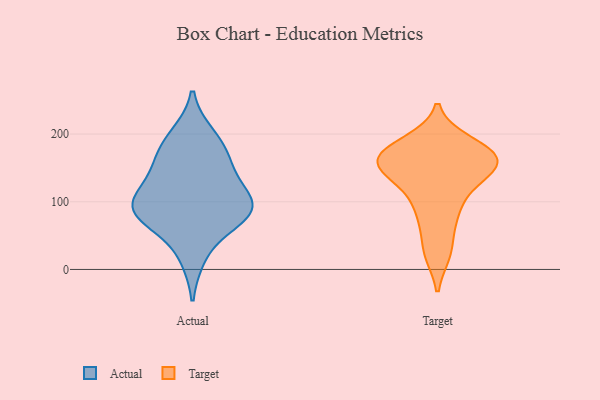
{"axis": {"x": "Gross Profit (USD K)", "y": "Value"}, "legend": ["Actual", "Target"], "data": [{"x": "", "y": 153, "type": "Actual"}, {"x": "", "y": 197, "type": "Actual"}, {"x": "", "y": 86, "type": "Actual"}, {"x": "", "y": 20, "type": "Actual"}, {"x": "", "y": 120, "type": "Actual"}, {"x": "", "y": 89, "type": "Actual"}, {"x": "", "y": 157, "type": "Actual"}, {"x": "", "y": 184, "type": "Actual"}, {"x": "", "y": 78, "type": "Actual"}, {"x": "", "y": 109, "type": "Actual"}, {"x": "", "y": 83, "type": "Actual"}, {"x": "", "y": 84, "type": "Actual"}, {"x": "", "y": 110, "type": "Target"}, {"x": "", "y": 105, "type": "Target"}, {"x": "", "y": 188, "type": "Target"}, {"x": "", "y": 145, "type": "Target"}, {"x": "", "y": 169, "type": "Target"}, {"x": "", "y": 24, "type": "Target"}, {"x": "", "y": 166, "type": "Target"}, {"x": "", "y": 170, "type": "Target"}, {"x": "", "y": 148, "type": "Target"}, {"x": "", "y": 184, "type": "Target"}, {"x": "", "y": 149, "type": "Target"}, {"x": "", "y": 26, "type": "Target"}, {"x": "", "y": 79, "type": "Target"}, {"x": "", "y": 177, "type": "Target"}, {"x": "", "y": 152, "type": "Target"}, {"x": "", "y": 141, "type": "Target"}, {"x": "", "y": 71, "type": "Target"}, {"x": "", "y": 161, "type": "Target"}]}